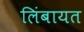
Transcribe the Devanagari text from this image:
लिंबायत